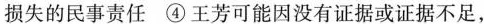
损失的民事责任④王芳可能因没有证据或证据不足，